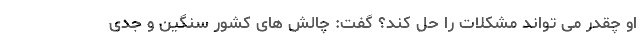
او چقدر می تواند مشکلات را حل کند؟ گفت: چالش های کشور سنگین‌ و جدی